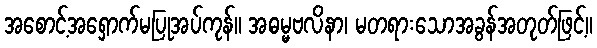
အစောင့်အရှောက်မပြုအပ်ကုန်။ အဓမ္မဗလိနာ၊ မတရားသောအခွန်အတုတ်ဖြင့်။